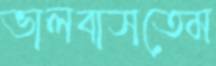
ভালবাসতেম